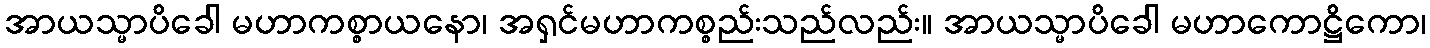
အာယသ္မာပိခေါ မဟာကစ္စာယနော၊ အရှင်မဟာကစ္စည်းသည်လည်း။ အာယသ္မာပိခေါ မဟာကောဋ္ဌိကော၊